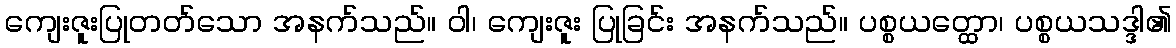
ကျေးဇူးပြုတတ်သော အနက်သည်။ ဝါ၊ ကျေးဇူး ပြုခြင်း အနက်သည်။ ပစ္စယတ္ထော၊ ပစ္စယသဒ္ဒါ၏